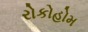
રોકોહોમ